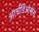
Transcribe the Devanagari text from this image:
आर्चडिओसेस